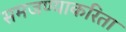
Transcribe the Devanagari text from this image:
समजण्याकरिता